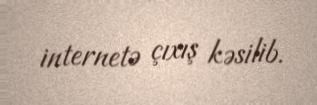
internetə çıxış kəsilib.